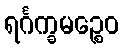
ရင်္ဂက္ခမဉ္စေဝ